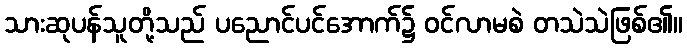
သားဆုပန်သူတို့သည် ပညောင်ပင်အောက်၌ ဝင်လာမစဲ တသဲသဲဖြစ်၏။